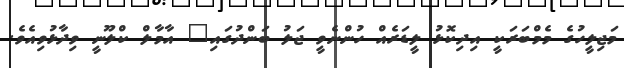
މަޖިލީހުގެ މެމްބަރަކީ އިދިކޮޅު ލީޑަރެއް ހުންނެވީ ޖަލު ބަންދުގައި" އާމާލް ކްލޫނީ ވިދާޅުވިއެވެ.